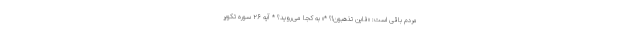
مردم باقی است: «فاین تذهبون!؟ *» به کجا می‌روید؟ * آیه ۲۶ سوره تکویر